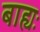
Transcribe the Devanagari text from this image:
बाह्यः